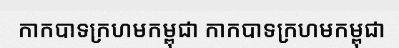
កាកបាទក្រហមកម្ពុជា កាកបាទក្រហមកម្ពុជា